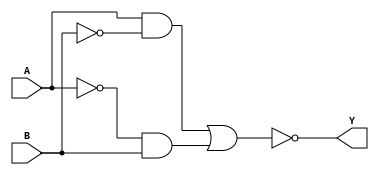
module xor_gate(
    input A,
    input B,
    output Y
);

wire A_and;
wire B_and;
wire A_B_or;
wire Y_inverter;

assign A_and = A & ~B;
assign B_and = ~A & B;
assign A_B_or = A_and | B_and;
assign Y_inverter = ~A_B_or;

assign Y = Y_inverter;

endmodule